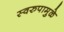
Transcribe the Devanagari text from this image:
स्वरुपामुळे